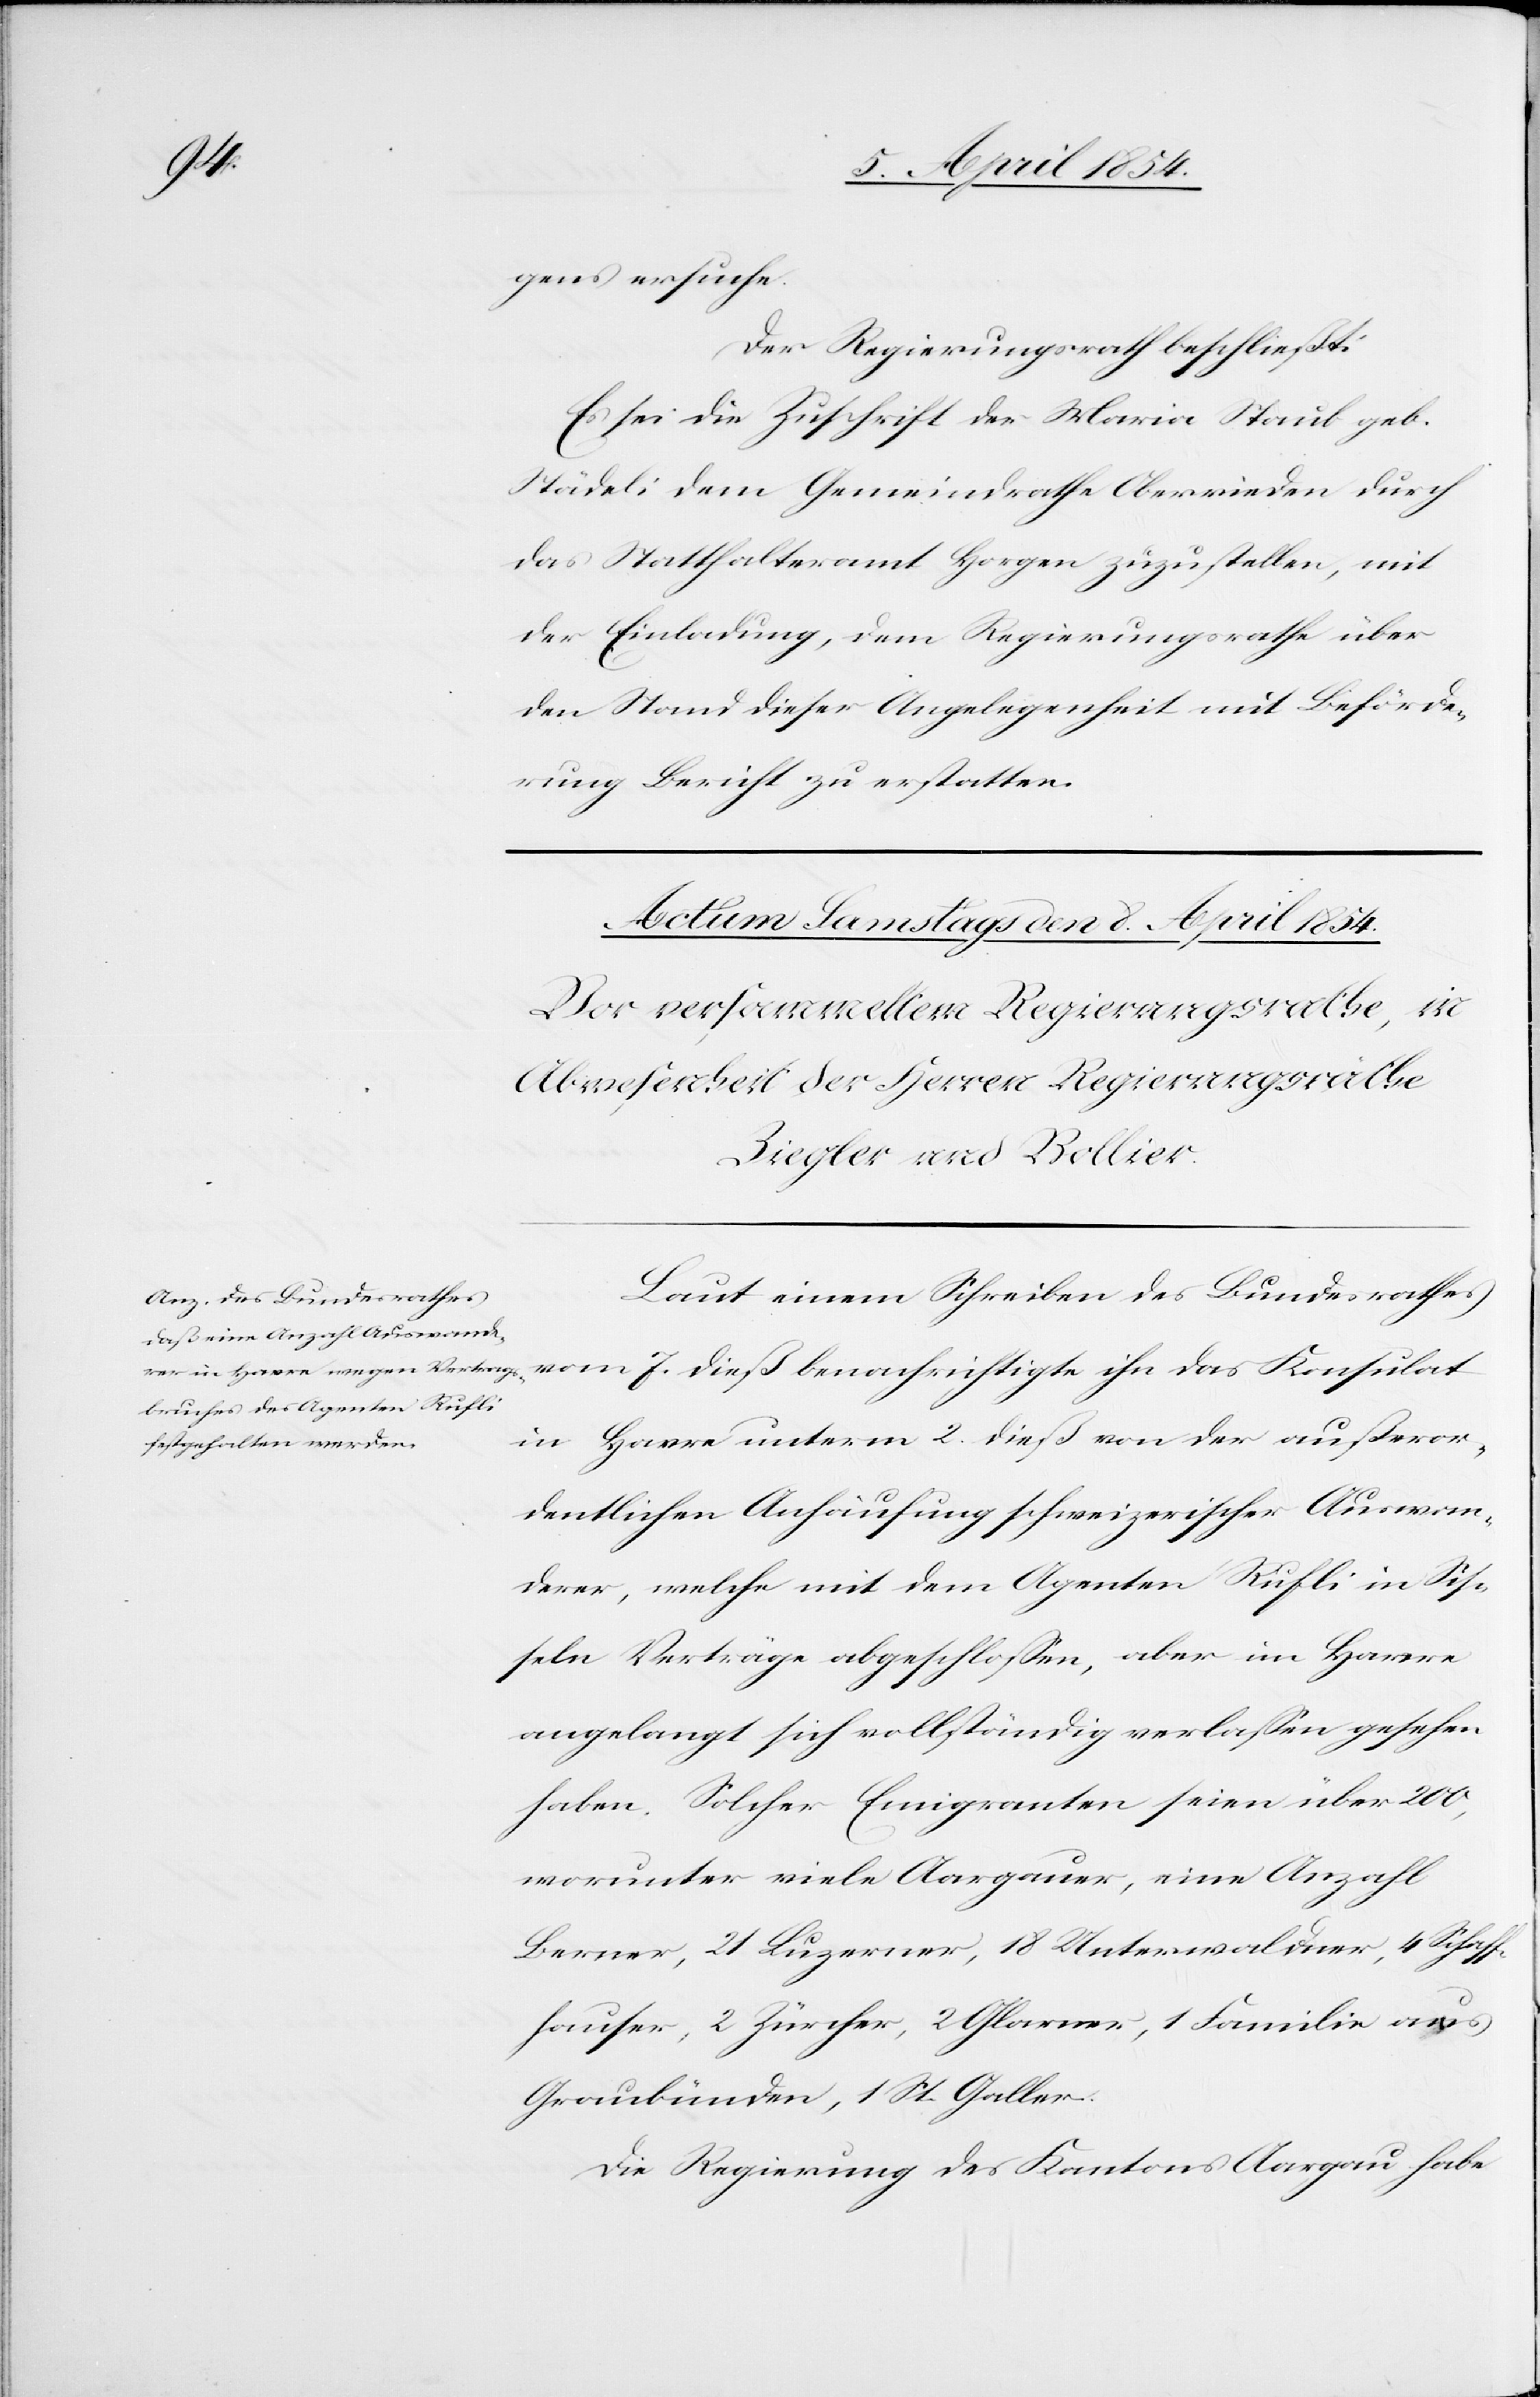
gens ersuche.
Der Regierungsrath beschließt:
Es sei die Zuschrift der Maria Staub geb.
Städeli dem Gemeindrathe Oberrieden durch
das Statthalteramt Horgen zuzustellen, mit
der Einladung, dem Regierungsrathe über
den Stand dieser Angelegenheit mit Beförde¬
rung Bericht zu erstatten.
Laut einem Schreiben des Bundesrathes
vom 7. dieß benachrichtigte ihn das Konsulat
in Havre unterm 2. dieß von der außeror¬
dentlichen Anhäufung schweizerischer Auswan¬
derer, welche mit dem Agenten Rufli in Sis¬
seln Verträge abgeschloßen, aber in Havre
angelangt sich vollständig verlaßen gesehen
haben. Solcher Emigranten seien über 200,
worunter viele Aargauer, eine Anzahl
Berner, 21 Luzerner, 18 Unterwaldner, 4 Schaff¬
hauser, 2 Zürcher, 2 Glarner, 2 Familien aus
Graubünden, 1 St. Galler.
Die Regierung des Kantons Aargau habe